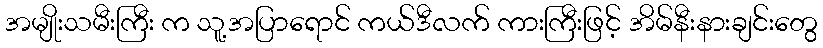
အမျိုးသမီးကြီး က သူ့အပြာရောင် ကယ်ဒီလက် ကားကြီးဖြင့် အိမ်နီးနားချင်းတွေ